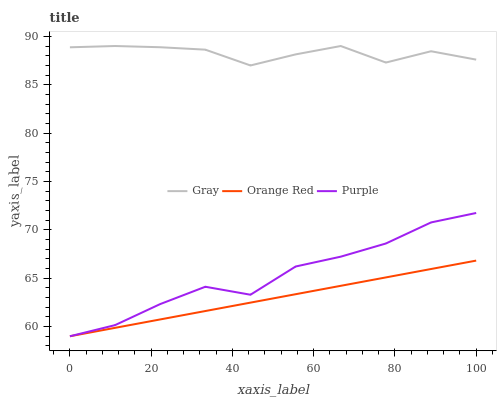
| xaxis_label | Gray | Orange Red | Purple |
 | --- | --- | --- | --- |
 | 0 | 88.9 | 59 | 59 |
 | 11.1 | 89 | 59.9 | 60.2 |
 | 22.2 | 88.9 | 60.7 | 62.3 |
 | 33.3 | 88.6 | 61.6 | 64.1 |
 | 44.4 | 87 | 62.5 | 63.3 |
 | 55.6 | 88.1 | 63.3 | 66.2 |
 | 66.7 | 89 | 64.2 | 67.2 |
 | 77.8 | 87.3 | 65.1 | 68.6 |
 | 88.9 | 88.5 | 66 | 70.8 |
 | 100 | 87.6 | 66.8 | 71.7 |